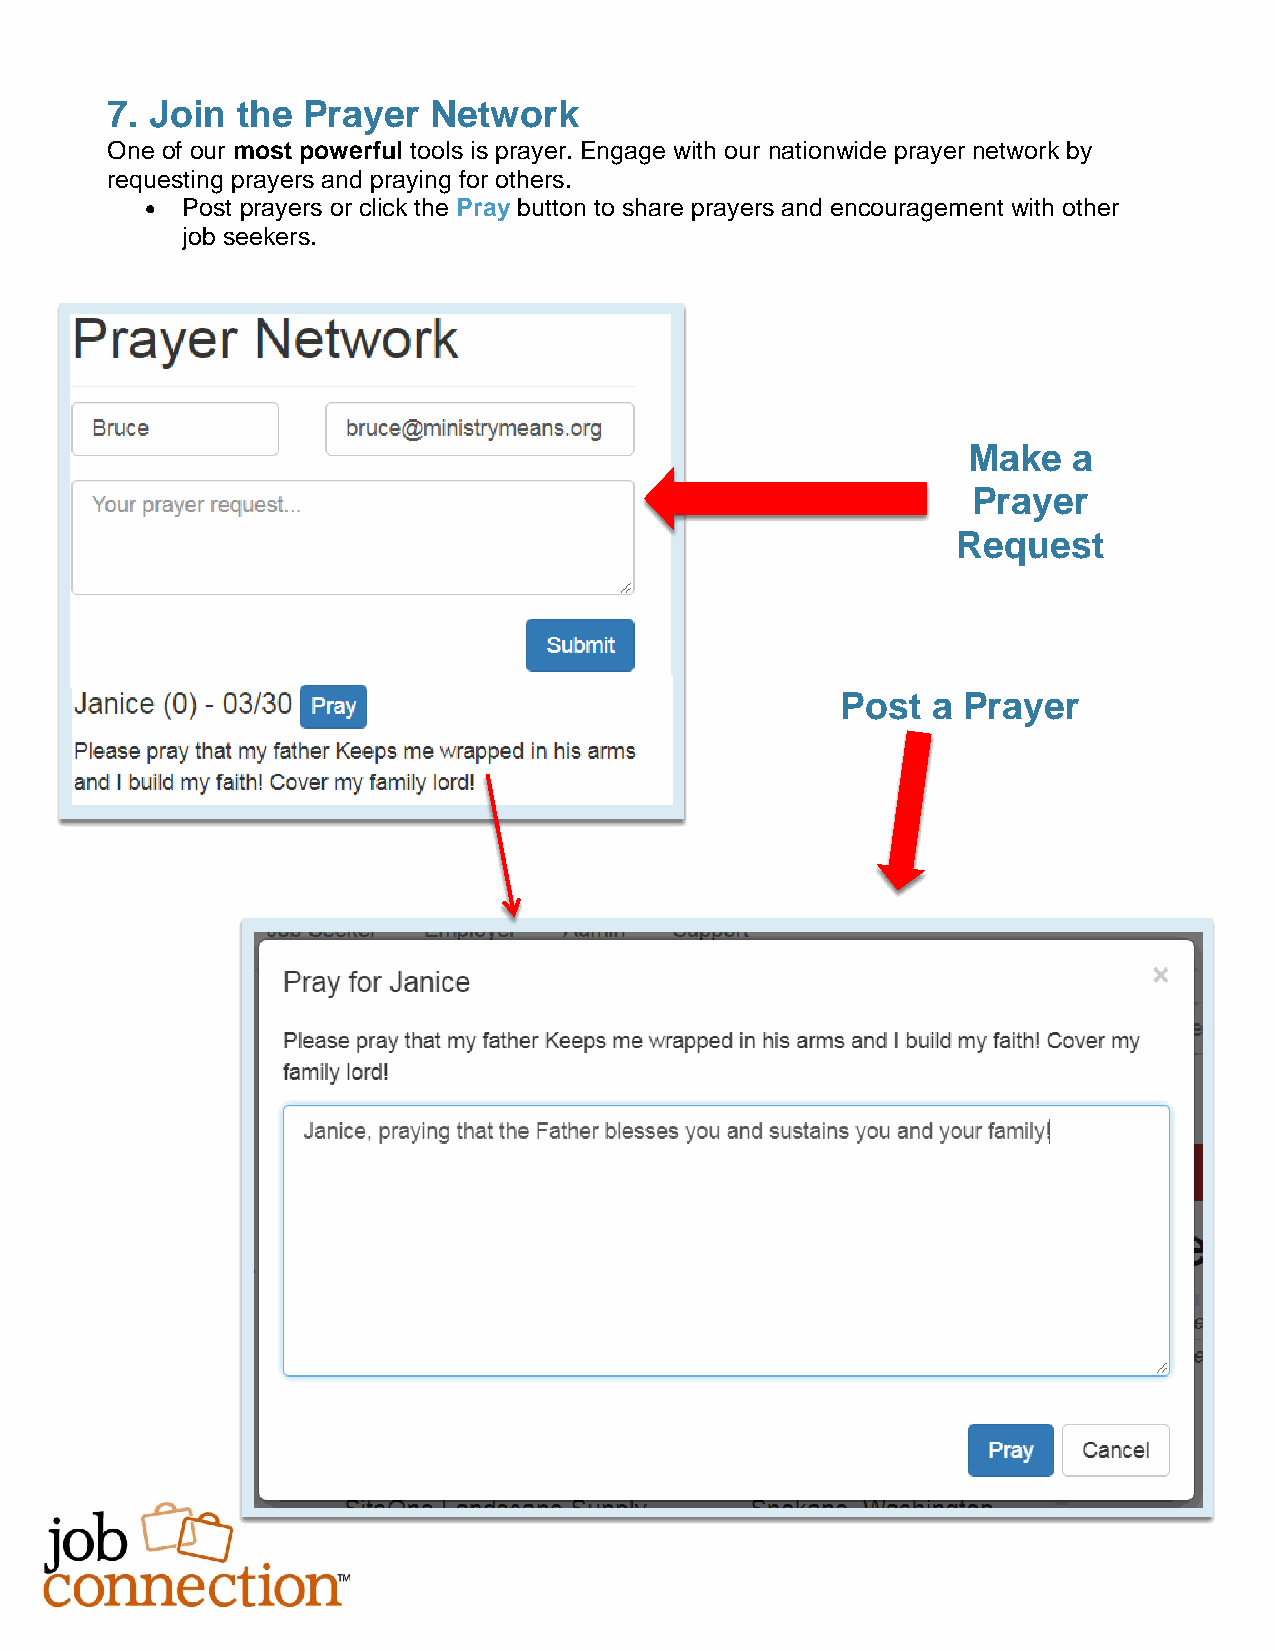
7. Join  the Prayer  Network
 One of our most powerful tools is prayer. Engage with our nationwide prayer network by
 requesting prayers and praying for others.
  Post prayers or click the Pray button to share prayers and encouragement with other
 job seekers.
 Make   a
 Prayer
 Request
 Post  a Prayer